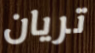
تريان